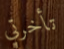
تأخرتي